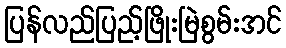
ပြန်လည်ပြည့်ဖြိုးမြဲစွမ်းအင်